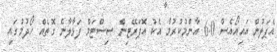
އެޕަލުން އައިއޯއެސް 6.0 އާންމުކުރުމާ އެކު އޮޕަރޭޓިން ސިސްޓަމް ފަޅާލާނެ ގޮތެއް ހޯދުމުގައި